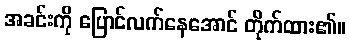
အခင်းကို ပြောင်လက်နေအောင် တိုက်ထား၏။